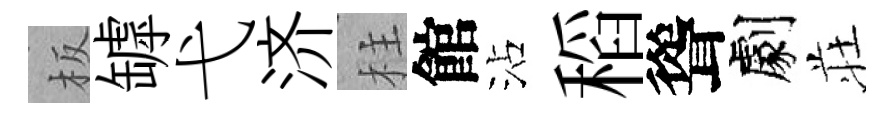
板罅弋济柱館沾稻聳劇荘